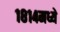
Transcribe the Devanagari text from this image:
१८१४मध्ये